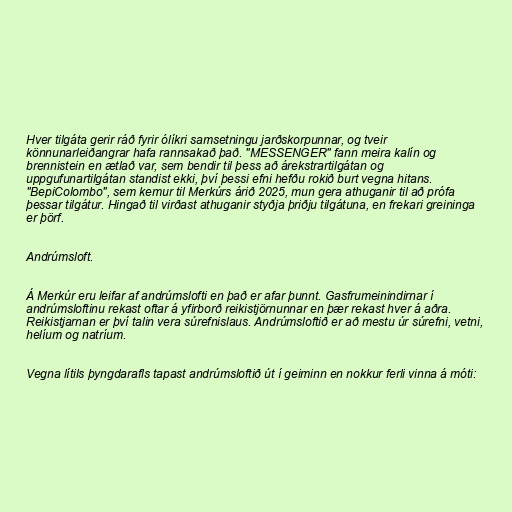
Hver tilgáta gerir ráð fyrir ólíkri samsetningu jarðskorpunnar, og tveir
könnunarleiðangrar hafa rannsakað það. "MESSENGER" fann meira kalín og
brennistein en ætlað var, sem bendir til þess að árekstrartilgátan og
uppgufunartilgátan standist ekki, því þessi efni hefðu rokið burt vegna hitans.
"BepiColombo", sem kemur til Merkúrs árið 2025, mun gera athuganir til að prófa
þessar tilgátur. Hingað til virðast athuganir styðja þriðju tilgátuna, en frekari greininga
er þörf.

Andrúmsloft.

Á Merkúr eru leifar af andrúmslofti en það er afar þunnt. Gasfrumeinindirnar í
andrúmsloftinu rekast oftar á yfirborð reikistjörnunnar en þær rekast hver á aðra.
Reikistjarnan er því talin vera súrefnislaus. Andrúmsloftið er að mestu úr súrefni, vetni,
helíum og natríum.

Vegna lítils þyngdarafls tapast andrúmsloftið út í geiminn en nokkur ferli vinna á móti: